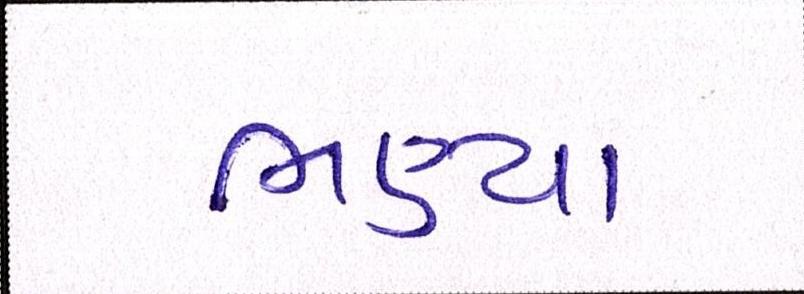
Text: ભણ્યા